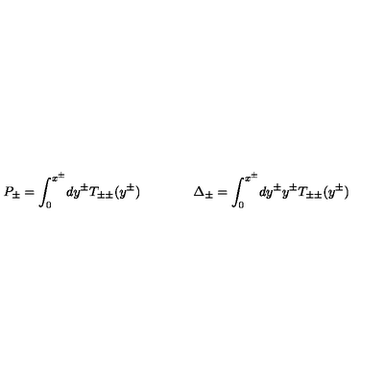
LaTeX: P _ { \pm } = \int _ { 0 } ^ { x ^ { \pm } } \! d y ^ { \pm } T _ { \pm \pm } ( y ^ { \pm } ) \qquad \qquad \Delta _ { \pm } = \int _ { 0 } ^ { x ^ { \pm } } \! d y ^ { \pm } y ^ { \pm } T _ { \pm \pm } ( y ^ { \pm } )